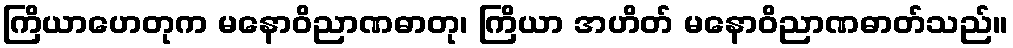
ကြိယာဟေတုက မနောဝိညာဏဓာတု၊ ကြိယာ အဟိတ် မနောဝိညာဏဓာတ်သည်။